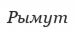
Рымут